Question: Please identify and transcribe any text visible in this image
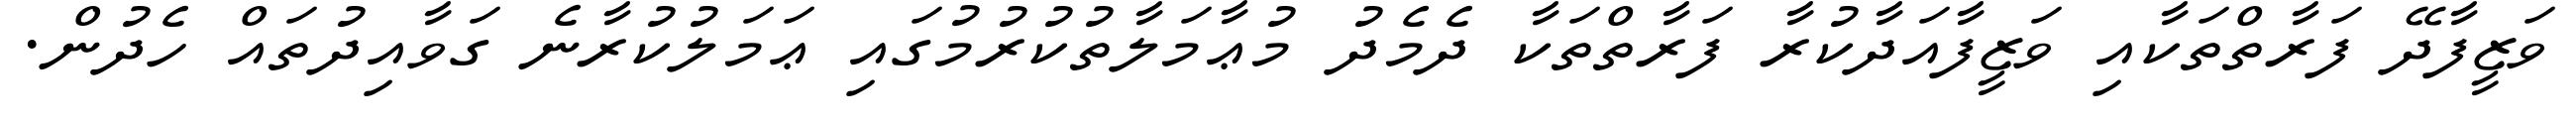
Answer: ވަޒީފާދޭ ފަރާތްތަކާއި ވަޒީފާއަދާކުރާ ފަރާތްތަކާ ދެމެދު މުޢާމަލާތުކުރުމުގައި ޢަމަލުކުރާނެ ގަވާއިދުތައް ހެދުން.